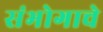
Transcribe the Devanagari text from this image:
संभोगाचे